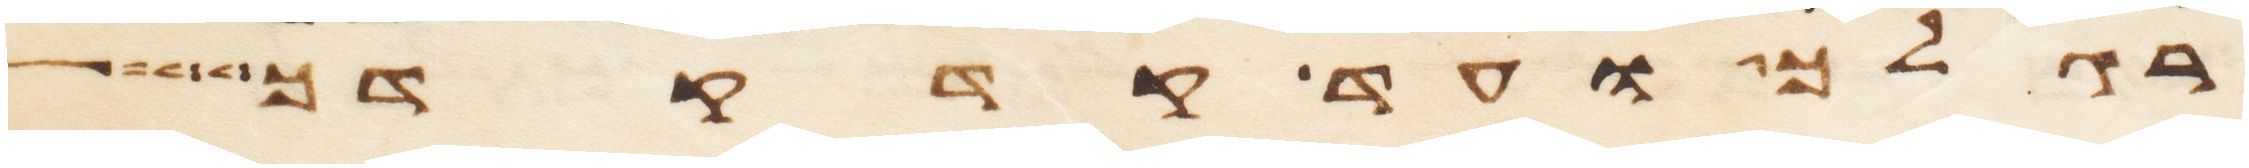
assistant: רגלך ועד קדקדך